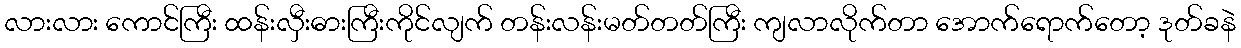
လားလား ကောင်ကြီး ထန်းလှီးဓားကြီးကိုင်လျက် တန်းလန်းမတ်တတ်ကြီး ကျလာလိုက်တာ အောက်ရောက်တော့ ဒုတ်ခနဲ